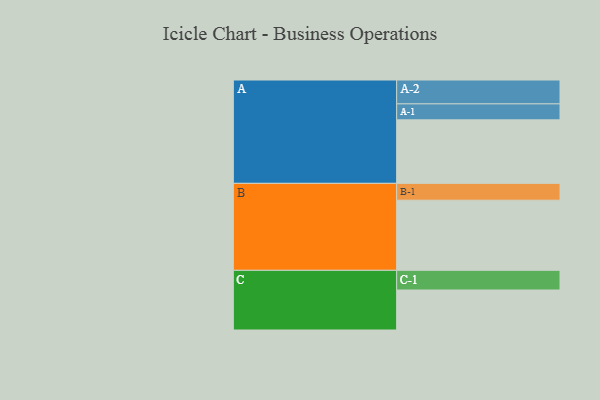
{"axis": {"x": "Segment", "y": "Value"}, "legend": ["", "A", "B", "C"], "data": [{"x": "A", "y": 516, "type": ""}, {"x": "B", "y": 570, "type": ""}, {"x": "C", "y": 325, "type": ""}, {"x": "A-1", "y": 130, "type": "A"}, {"x": "A-2", "y": 194, "type": "A"}, {"x": "B-1", "y": 137, "type": "B"}, {"x": "C-1", "y": 160, "type": "C"}]}